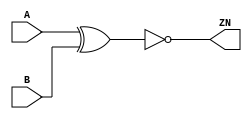
module XNOR2_X1 (A, B, ZN);
  input A;
  input B;
  output ZN;

  not(ZN, i_4);
  xor(i_4, A, B);


endmodule